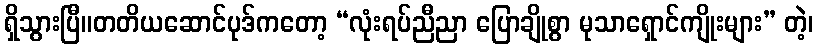
ရှိသွားပြီ။တတိယဆောင်ပုဒ်ကတော့ “လုံးရပ်ညီညာ ပြောချိုစွာ မုသာရှောင်ကျိုးများ” တဲ့၊